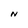
Character: N